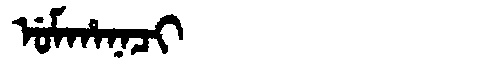
Manchu: ᡠᠮᡥᠠᠨᠠᠴᡳ
Romanization: UMHANACI